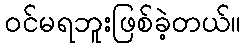
ဝင်မရဘူးဖြစ်ခဲ့တယ်။